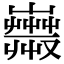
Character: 𧁇